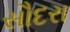
સૌદરા